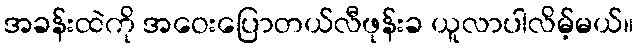
အခန်းထဲကို အဝေးပြောတယ်လီဖုန်းခ ယူလာပါလိမ့်မယ်။